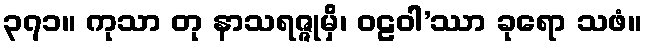
၃၇၁။ ကုသာ တု နာသရဇ္ဇုမှိ၊ ဝဠဝါ’ဿာ ခုရော သဖံ။